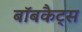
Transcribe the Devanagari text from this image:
बॉबकैट्स